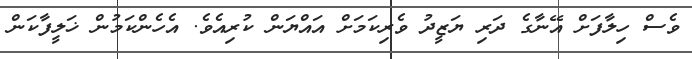
ވެސް ހިލާފަށް އޭނާގެ ދަރި ޔަޒީދު ވެރިކަމަށް އައްޔަން ކުރިއެވެ. އެހެންކަމުން ޚަލީފާކަން